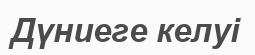
Дүниеге келуі